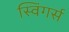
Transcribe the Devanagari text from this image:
स्विंगर्स